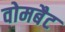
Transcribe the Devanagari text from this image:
वोमबैट